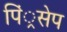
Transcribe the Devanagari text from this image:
पिं्रसेप